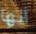
أنها